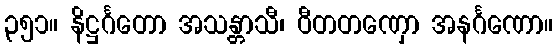
၃၅၁။ နိဋ္ဌင်္ဂတော အသန္တာသီ၊ ဝီတတဏှော အနင်္ဂဏော။